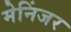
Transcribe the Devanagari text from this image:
मेनिंजर